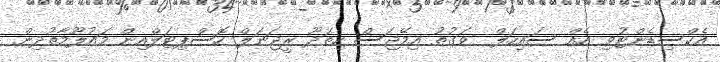
އެކްސިޑެންޓުވި އެއް ސައިކަލް  ވަގުތު އިމޭޖަސް ހިތަދޫ ރީޖަނަލް ހޮސްޕިޓަލްއިން މައުލޫމާތުދިން